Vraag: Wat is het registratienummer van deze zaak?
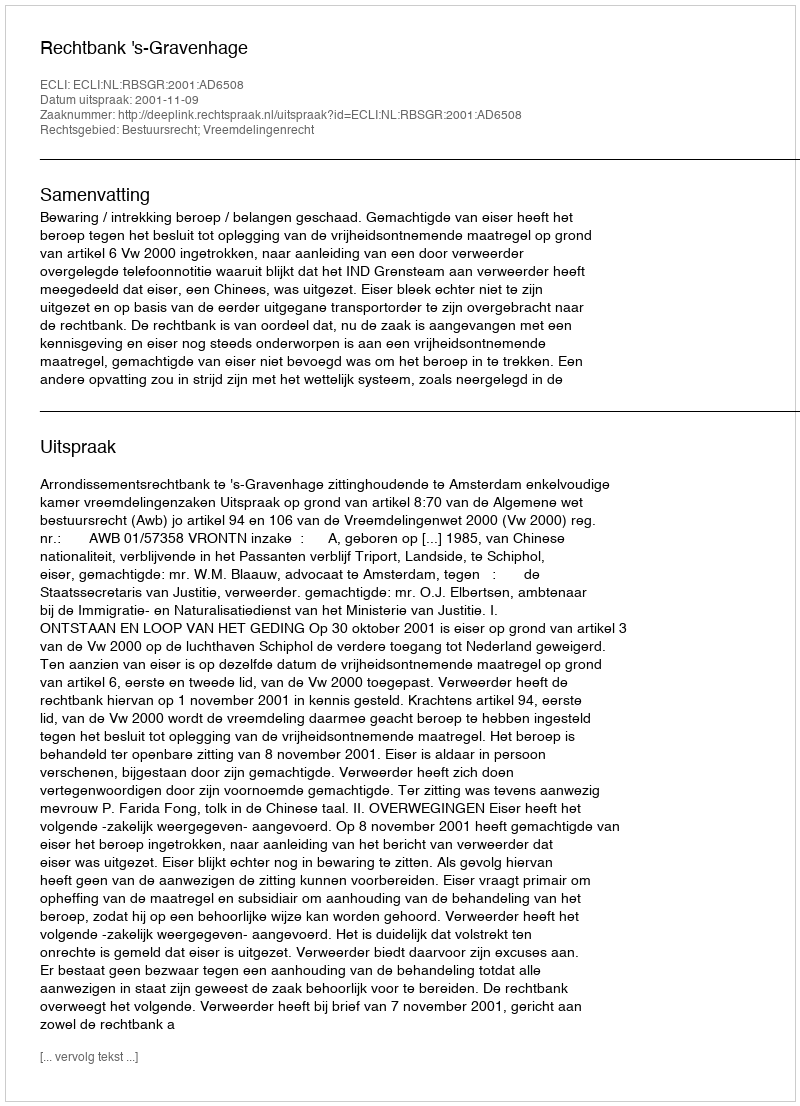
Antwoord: http://deeplink.rechtspraak.nl/uitspraak?id=ECLI:NL:RBSGR:2001:AD6508